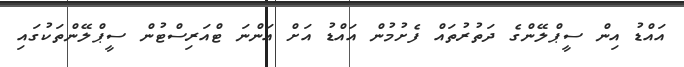
އައްޑު އިން ސީޕްލޭންގެ ދަތުރުތައް ފެށުމުން އައްޑު އަށް އަންނަ ޓްއަރިސްޓުން ސީޕްލޭންތަކުގައި